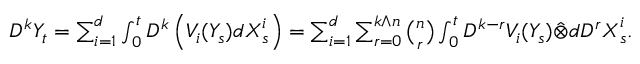
\begin{array} { r } { D ^ { k } Y _ { t } = \sum _ { i = 1 } ^ { d } \int _ { 0 } ^ { t } D ^ { k } \left( V _ { i } ( Y _ { s } ) d \boldsymbol { X } _ { s } ^ { i } \right) = \sum _ { i = 1 } ^ { d } \sum _ { r = 0 } ^ { k \wedge n } \binom { n } { r } \int _ { 0 } ^ { t } D ^ { k - r } V _ { i } ( Y _ { s } ) \hat { \otimes } d \boldsymbol { D ^ { r } X } _ { s } ^ { i } . } \end{array}